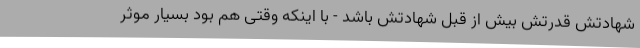
شهادتش قدرتش بیش از قبل شهادتش باشد - با اینکه وقتی هم بود بسیار موثر